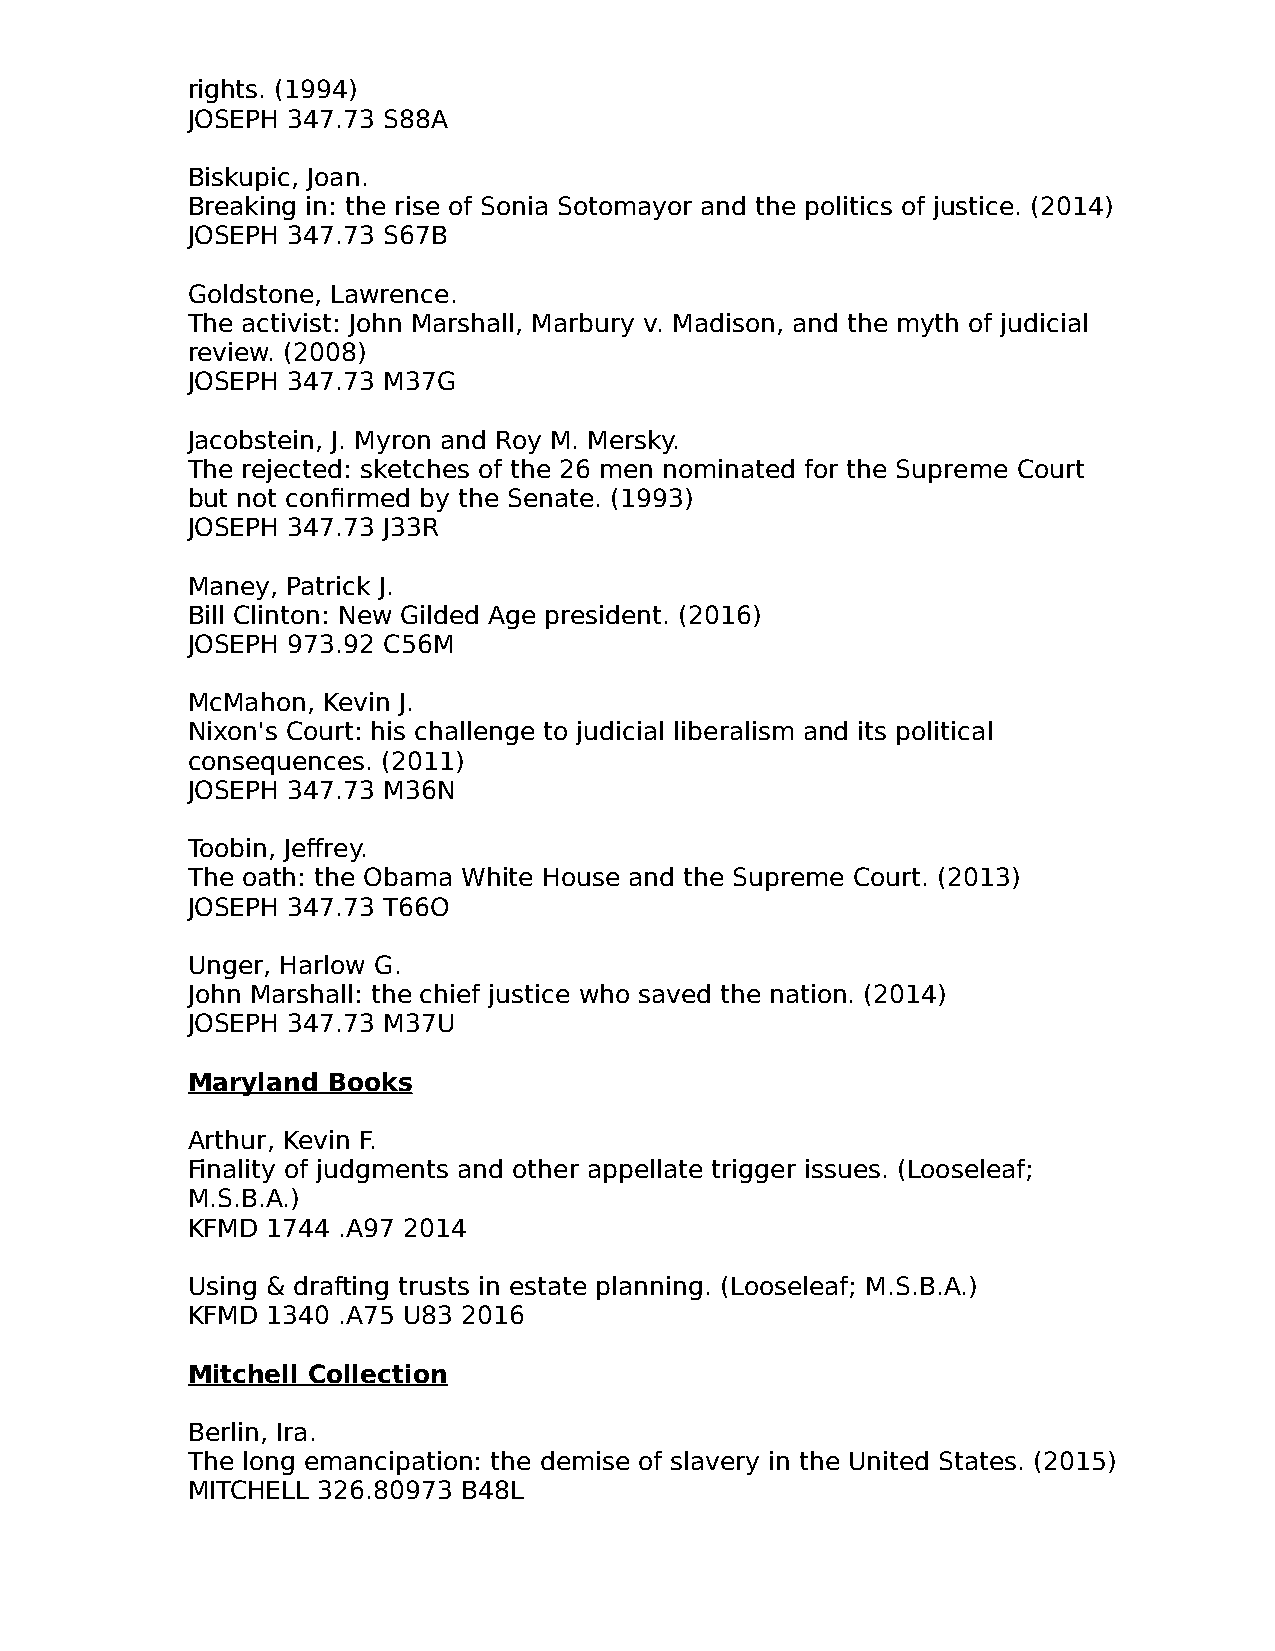
rights. (1994)
 JOSEPH 347.73 S88A
 Biskupic, Joan.
 Breaking in: the rise of Sonia Sotomayor and the politics of justice. (2014)
 JOSEPH 347.73 S67B
 Goldstone, Lawrence.
 The activist: John Marshall, Marbury v. Madison, and the myth of judicial
 review. (2008)
 JOSEPH 347.73 M37G
 Jacobstein, J. Myron and Roy M. Mersky.
 The rejected: sketches of the 26 men nominated for the Supreme Court
 but not confirmed by the Senate. (1993)
 JOSEPH 347.73 J33R
 Maney, Patrick J.
 Bill Clinton: New Gilded Age president. (2016)
 JOSEPH 973.92 C56M
 McMahon, Kevin J.
 Nixon's Court: his challenge to judicial liberalism and its political
 consequences. (2011)
 JOSEPH 347.73 M36N
 Toobin, Jeffrey.
 The oath: the Obama White House and the Supreme Court. (2013)
 JOSEPH 347.73 T66O
 Unger, Harlow G.
 John Marshall: the chief justice who saved the nation. (2014)
 JOSEPH 347.73 M37U
 Maryland  Books
 Arthur, Kevin F.
 Finality of judgments and other appellate trigger issues. (Looseleaf;
 M.S.B.A.)
 KFMD  1744 .A97 2014
 Using & drafting trusts in estate planning. (Looseleaf; M.S.B.A.)
 KFMD  1340 .A75 U83 2016
 Mitchell Collection
 Berlin, Ira.
 The long emancipation: the demise of slavery in the United States. (2015)
 MITCHELL 326.80973 B48L